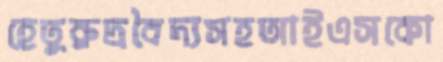
হেতুরুদ্রবৈদ্যসহআইএসকো